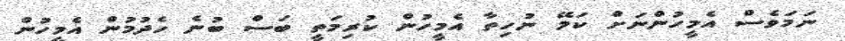
ނަމަވެސް އެމީހުންނަށް ކަމޭ ނުހިތާ އެމީހުން ކުރިމަތީ ބަސް ބުނެ ހެދުމުން އެމީހުން